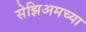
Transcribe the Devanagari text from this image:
सेझिअमच्या